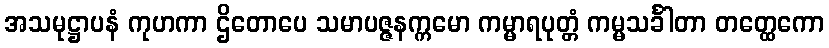
အသမုဋ္ဌာပနံ ကုဟကာ ဌိတောပေ သမာပဇ္ဇနက္ကမော ကမ္မာရပုတ္တံ ကမ္မသင်္ခါတာ တတ္ထေကော